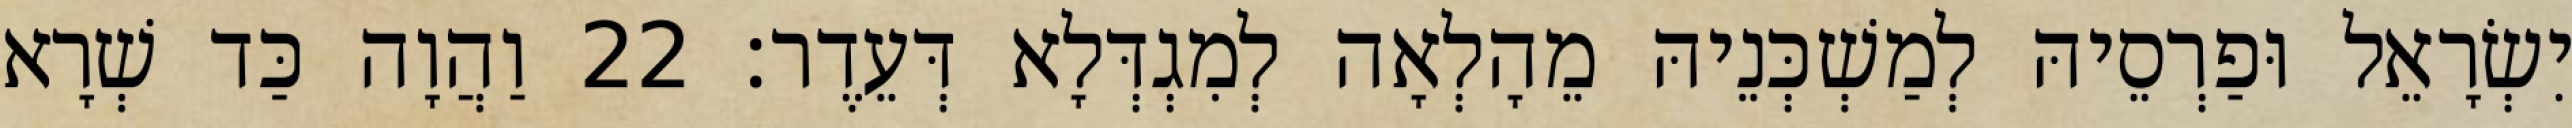
יִשְׂרָאֵל וּפַרְסֵיהּ לְמַשְׁכְּנֵיהּ מֵהָלְאָה לְמִגְדְּלָא דְּעֵדֶר׃ 22 וַהֲוָה כַּד שְׁרָא